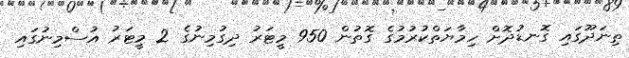
ތިނަދޫގައި ގޮނޑުދޮށް ހިމާޔަތްކުރުމުގެ ގޮތުން 950 މީޓަރު ދިގުމިނުގެ 2 މީޓަރު އުސްމިނުގައި